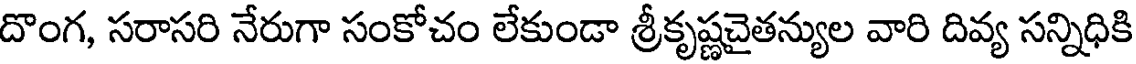
దొంగ, సరాసరి నేరుగా సంకోచం లేకుండా శ్రీకృష్ణచైతన్యుల వారి దివ్య సన్నిధికి